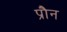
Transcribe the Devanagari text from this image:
प्रौन